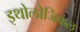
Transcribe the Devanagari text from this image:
इथोलोजिकल